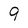
Character: 9